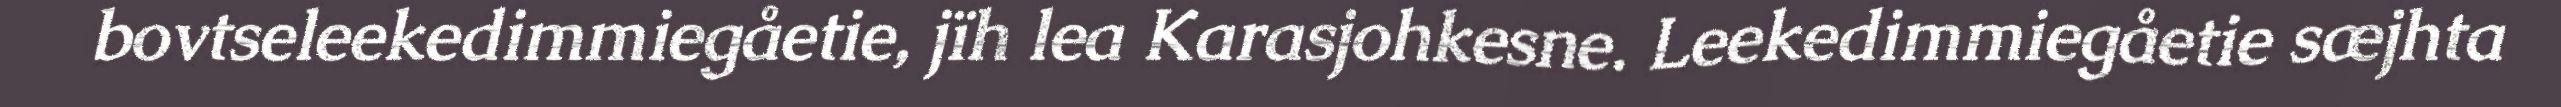
bovtseleekedimmiegåetie, jïh lea Karasjohkesne. Leekedimmiegåetie sæjhta